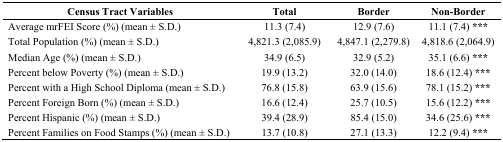
<table><thead><tr><td><b>Census Tract Variables</b></td><td><b>Total</b></td><td><b>Border</b></td><td><b>Non-Border</b></td></tr></thead><tbody><tr><td>Average mrFEI Score (%) (mean ± S.D.)</td><td>11.3 (7.4)</td><td>12.9 (7.6)</td><td>11.1 (7.4) ***</td></tr><tr><td>Total Population (%) (mean ± S.D.)</td><td>4,821.3 (2,085.9)</td><td>4,847.1 (2,279.8)</td><td>4,818.6 (2,064.9)</td></tr><tr><td>Median Age (%) (mean ± S.D.)</td><td>34.9 (6.5)</td><td>32.9 (5.2)</td><td>35.1 (6.6) ***</td></tr><tr><td>Percent below Poverty (%) (mean ± S.D.)</td><td>19.9 (13.2)</td><td>32.0 (14.0)</td><td>18.6 (12.4) ***</td></tr><tr><td>Percent with a High School Diploma (mean ± S.D.)</td><td>76.8 (15.8)</td><td>63.9 (15.6)</td><td>78.1 (15.2) ***</td></tr><tr><td>Percent Foreign Born (%) (mean ± S.D.)</td><td>16.6 (12.4)</td><td>25.7 (10.5)</td><td>15.6 (12.2) ***</td></tr><tr><td>Percent Hispanic (%) (mean ± S.D.)</td><td>39.4 (28.9)</td><td>85.4 (15.0)</td><td>34.6 (25.6) ***</td></tr><tr><td>Percent Families on Food Stamps (%) (mean ± S.D.)</td><td>13.7 (10.8)</td><td>27.1 (13.3)</td><td>12.2 (9.4) ***</td></tr></tbody></table>